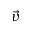
\Vec { v }